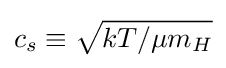
c_{s}\equiv {\sqrt {kT/{\mu m_{H}}}}